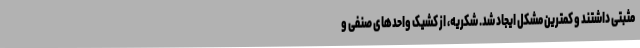
مثبتی داشتند و کمترین مشکل ایجاد شد. شکریه، از کشیک واحدهای صنفی و